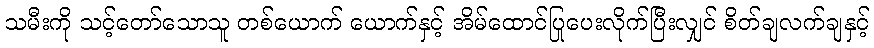
သမီးကို သင့်တော်သောသူ တစ်ယောက် ယောက်နှင့် အိမ်ထောင်ပြုပေးလိုက်ပြီးလျှင် စိတ်ချလက်ချနှင့်